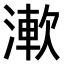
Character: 𣼴